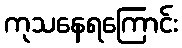
ကုသနေရကြောင်း